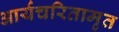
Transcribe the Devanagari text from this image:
आर्यचरितामृत